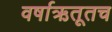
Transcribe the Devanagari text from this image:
वर्षाऋतूतच